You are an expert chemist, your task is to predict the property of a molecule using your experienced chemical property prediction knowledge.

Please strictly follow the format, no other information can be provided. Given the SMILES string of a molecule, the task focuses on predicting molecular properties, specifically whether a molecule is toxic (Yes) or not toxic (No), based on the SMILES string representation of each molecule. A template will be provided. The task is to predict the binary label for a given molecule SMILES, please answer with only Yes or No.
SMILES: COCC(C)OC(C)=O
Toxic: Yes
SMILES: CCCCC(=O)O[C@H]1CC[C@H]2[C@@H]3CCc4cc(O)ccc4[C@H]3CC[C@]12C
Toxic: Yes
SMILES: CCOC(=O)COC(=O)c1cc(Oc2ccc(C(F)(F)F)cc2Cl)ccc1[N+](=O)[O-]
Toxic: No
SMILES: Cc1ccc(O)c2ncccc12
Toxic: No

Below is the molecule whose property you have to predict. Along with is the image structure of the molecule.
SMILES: CCOCCOC(C)=O
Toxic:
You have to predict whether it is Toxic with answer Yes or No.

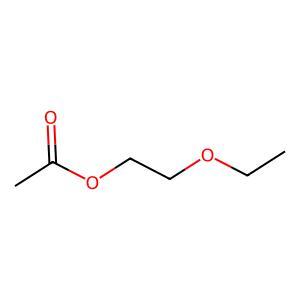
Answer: No